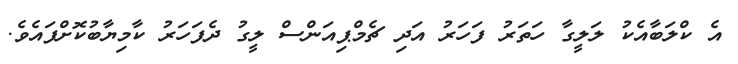
އެ ކްލަބާއެކު ލަލީގާ ހަތަރު ފަހަރު އަދި ޗެމްޕިއަންސް ލީގު ދެފަހަރު ކާމިޔާބުކޮށްފައެވެ.